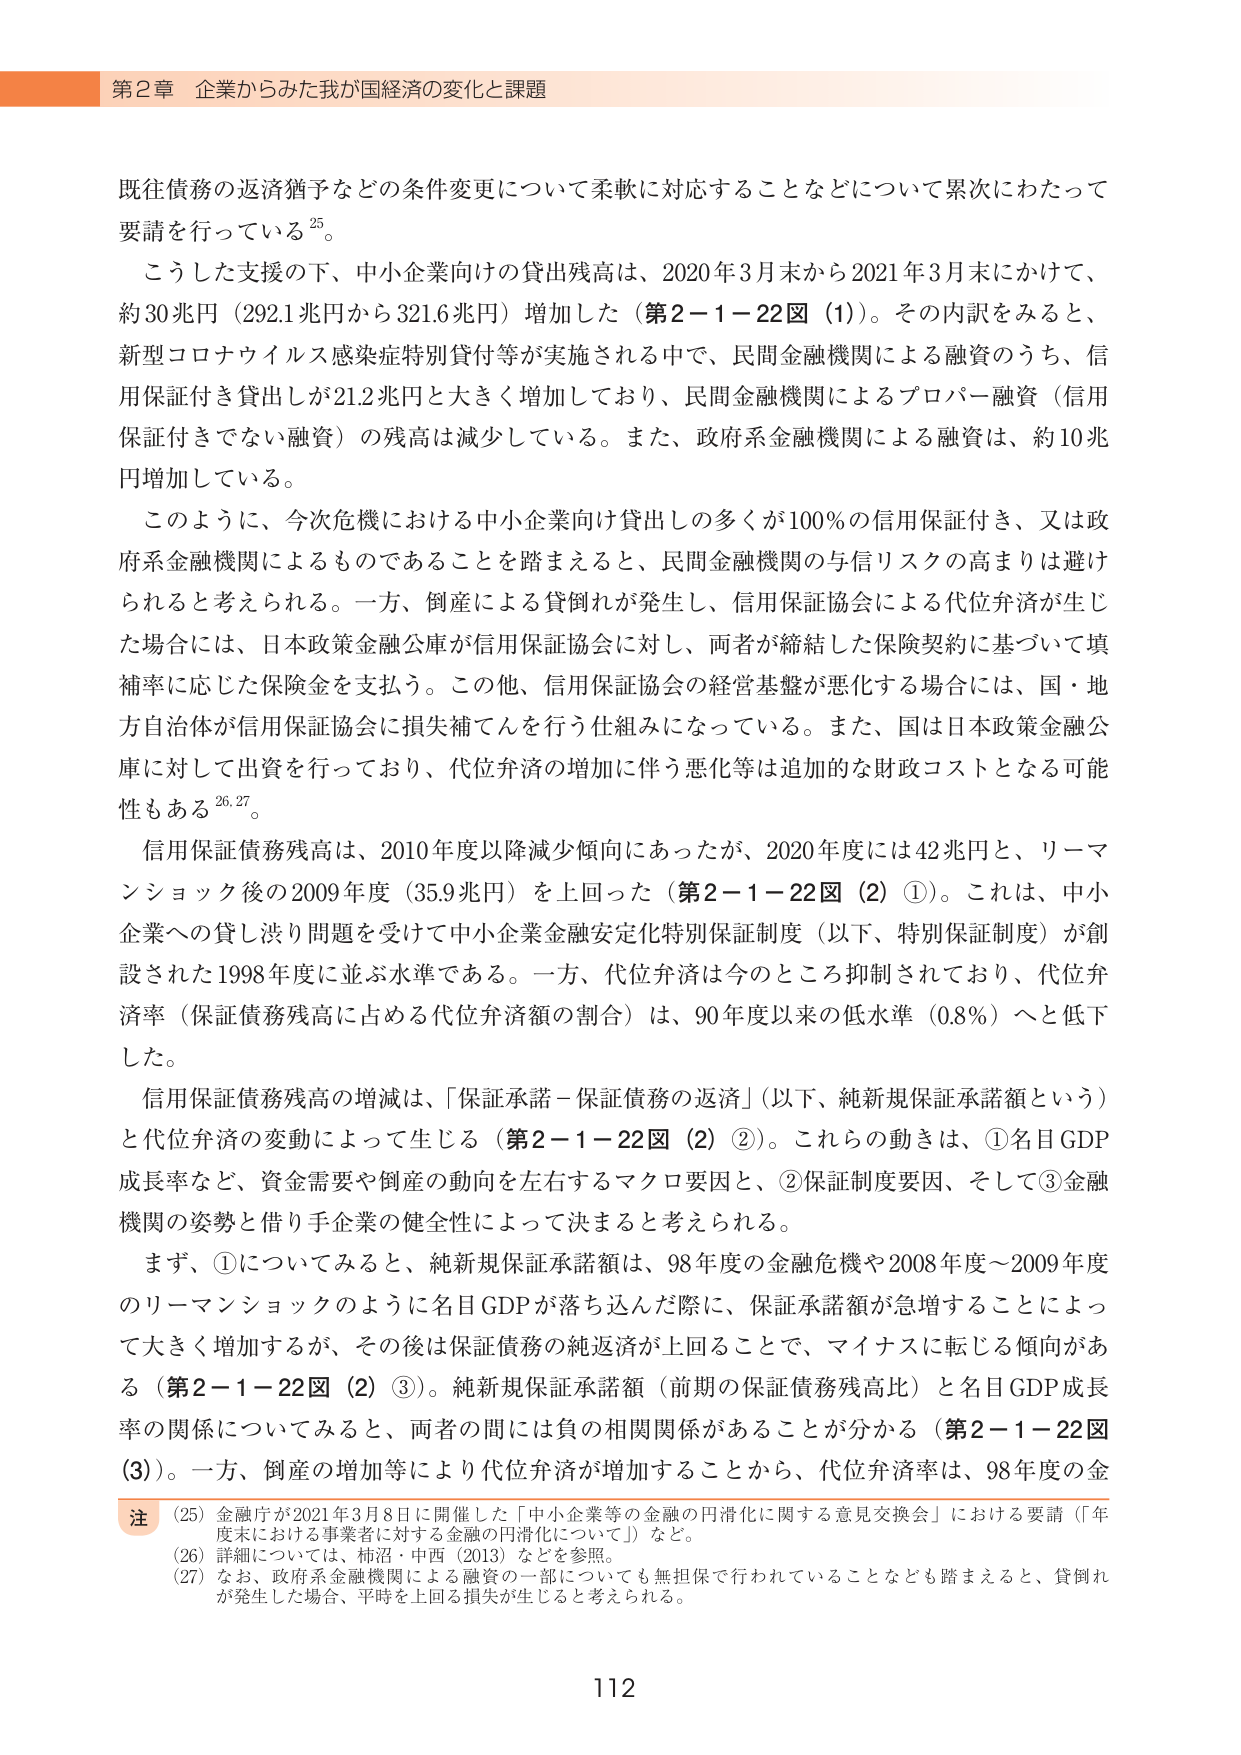
第2章 企業からみた我が国経済の変化と課題

既往債務の返済猶予などの条件変更について柔軟に対応することなどについて累次にわたって要請を行っている25。

こうした支援の下、中小企業向けの貸出残高は、2020年3月末から2021年3月末にかけて、約30兆円（292.1兆円から321.6兆円）増加した（第2－1－22図（1））。その内訳をみると、新型コロナウイルス感染症特別貸付等が実施される中で、民間金融機関による融資のうち、信用保証付き貸出しが21.2兆円と大きく増加しており、民間金融機関によるプロパー融資（信用保証付きでない融資）の残高は減少している。また、政府系金融機関による融資は、約10兆円増加している。

このように、今次危機における中小企業向け貸出しの多くが100％の信用保証付き、又は政府系金融機関によるものであることを踏まえると、民間金融機関の与信リスクの高まりは避けられると考えられる。一方、倒産による貸倒れが発生し、信用保証協会による代位弁済が生じた場合には、日本政策金融公庫が信用保証協会に対し、両者が締結した保険契約に基づいて填補率に応じた保険金を支払う。この他、信用保証協会の経営基盤が悪化する場合には、国・地方自治体が信用保証協会に損失補てんを行う仕組みになっている。また、国は日本政策金融公庫に対して出資を行っており、代位弁済の増加に伴う悪化等は追加的な財政コストとなる可能性もある26,27。

信用保証債務残高は、2010年度以降減少傾向にあったが、2020年度には42兆円と、リーマンショック後の2009年度（35.9兆円）を上回った（第2－1－22図（2）①）。これは、中小企業への貸し渋り問題を受けて中小企業金融安定化特別保証制度（以下、特別保証制度）が創設された1998年度に並ぶ水準である。一方、代位弁済は今のところ抑制されており、代位弁済率（保証債務残高に占める代位弁済額の割合）は、90年度以来の低水準（0.8％）へと低下した。

信用保証債務残高の増減は、「保証承諾－保証債務の返済」（以下、純新規保証承諾額という）と代位弁済の変動によって生じる（第2－1－22図（2）②）。これらの動きは、①名目GDP成長率など、資金需要や倒産の動向を左右するマクロ要因と、②保証制度要因、そして③金融機関の姿勢と借り手企業の健全性によって決まると考えられる。

まず、①についてみると、純新規保証承諾額は、98年度の金融危機や2008年度～2009年度のリーマンショックのように名目GDPが落ち込んだ際に、保証承諾額が急増することによって大きく増加するが、その後は保証債務の純返済が上回ることで、マイナスに転じる傾向がある（第2－1－22図（2）③）。純新規保証承諾額（前期の保証債務残高比）と名目GDP成長率の関係についてみると、両者の間には負の相関関係があることが分かる（第2－1－22図（3））。一方、倒産の増加等により代位弁済が増加することから、代位弁済率は、98年度の金

注
（25）金融庁が2021年3月8日に開催した「中小企業等の金融の円滑化に関する意見交換会」における要請（「年度末における事業者に対する金融の円滑化について」）など。
（26）詳細については、柿沼・中西（2013）などを参照。
（27）なお、政府系金融機関による融資の一部についても無担保で行われていることなども踏まえると、貸倒れが発生した場合、平時を上回る損失が生じると考えられる。

112